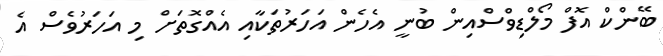
ބޭންކް އޮފް މޯލްޑިވްސްއިން ބުނީ އެހެން އަހަރުތަކާއި އެއްގޮތަށް މި އަހަރުވެސް އެ